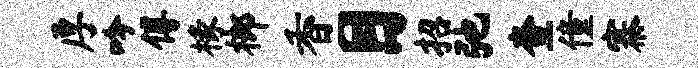
厚吟傅椽榔香目招弛查僮寨